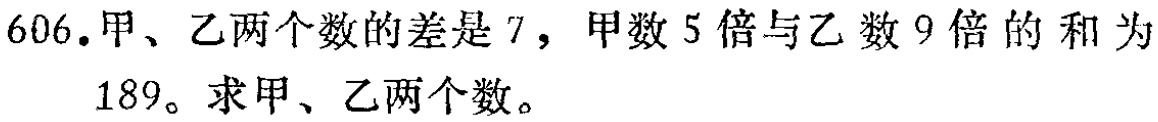
606.甲、乙两个数的差是7，甲数5倍与乙数9倍的和为189。求甲、乙两个数。